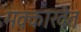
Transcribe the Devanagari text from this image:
मक्काखेत